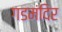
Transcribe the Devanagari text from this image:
गडमंदिर